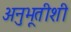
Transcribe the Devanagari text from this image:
अनुभूतीशी